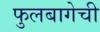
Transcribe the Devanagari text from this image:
फुलबागेची